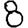
Digit: 8